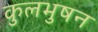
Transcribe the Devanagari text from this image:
कुलभुषन